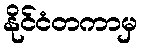
နိုင်ငံတကာမှ